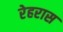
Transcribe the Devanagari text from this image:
रेहरास